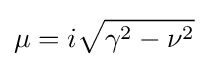
\mu =i{\sqrt {\gamma ^{2}-\nu ^{2}}}